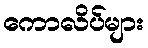
ကောလိပ်များ